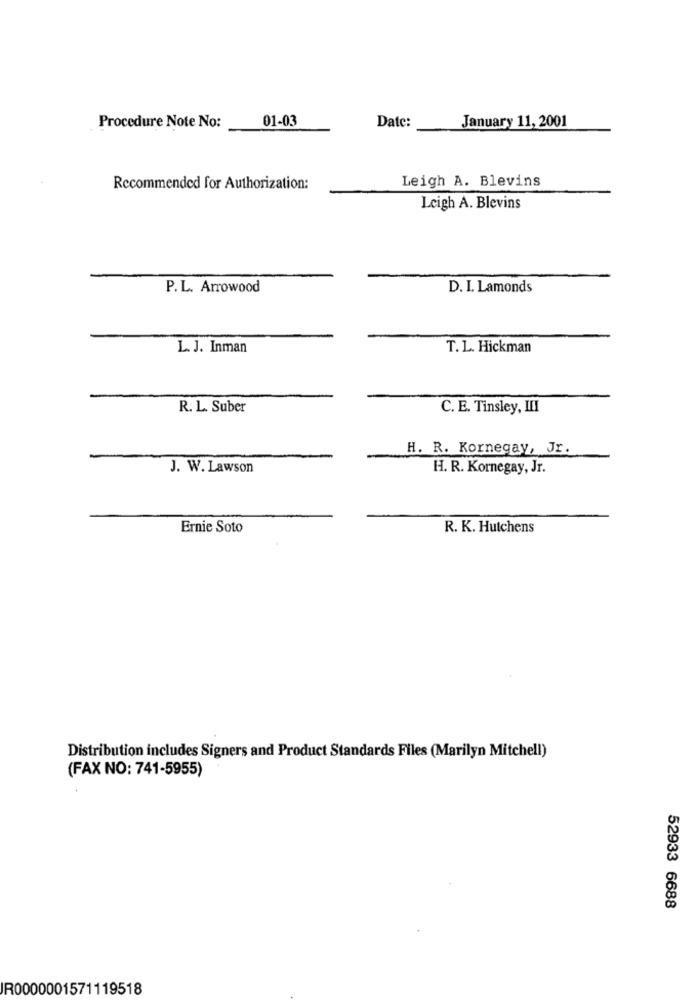
01-03
January 11, 2001
Procedure Note No:
Date:
Leigh A. Blevins
Recommended for Authorization:
Leigh A. Blevins
P. L. Arrowood
D. I. Lamonds
L. J. Inman
T. L. Hickman
R. L. Suber
C. E. Tinsley, III
H. R. Kornegay, Jr.
J. W. Lawson
H. R. Kornegay, Jr.
Ernie Soto
R. K. Hutchens
Distribution includes Signers and Product Standards Files (Marilyn Mitchell)
(FAX NO: 741-5955)
52933 6688
IR0000001571119518